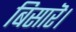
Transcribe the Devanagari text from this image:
बिसारॆ।